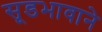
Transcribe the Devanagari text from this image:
सूडभावाने